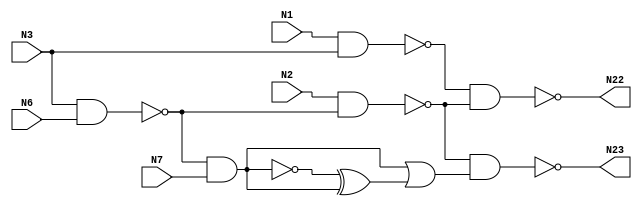
// Verilog
// c17
// Ninputs 5

module c17 (N1,N2,N3,N6,N7,N22,N23);

input N1,N2,N3,N6,N7;

output N22,N23;

wire N10,N11,N16,N19,N24,N25,N26;

nand NAND2_1 (N10, N1, N3);

nand NAND2_2 (N11, N3, N6);

nand NAND2_3 (N16, N2, N11);

nand NAND2_4 (N19, N11, N7);

not NOT1_1 (N24, N19);

xor XOR2_1 (N25, N19, N24);

or OR2_1 (N26, N24, N25);

nand NAND2_5 (N22, N10, N16);

nand NAND2_6 (N23, N16, N26);

endmodule